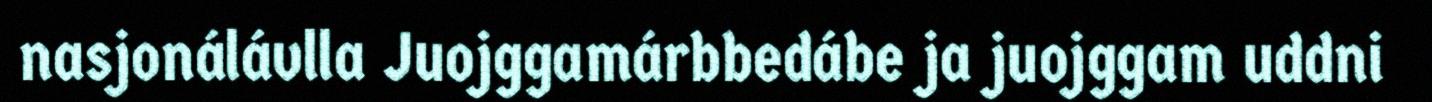
nasjonálávlla Juojggamárbbedábe ja juojggam uddni